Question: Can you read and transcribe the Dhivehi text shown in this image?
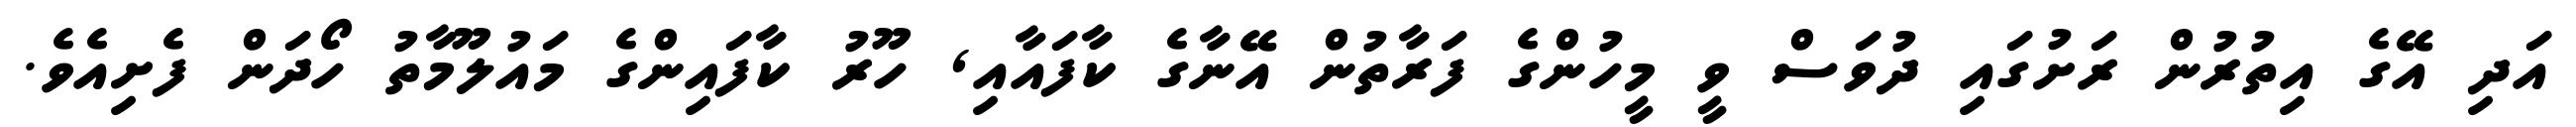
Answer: އަދި އޭގެ އިތުރުން ރަށުގައި ދުވަސް ވީ މީހުންގެ ފަރާތުން އޭނާގެ ކާފައާއި, ހޫރު ކާފައިންގެ މައުލޫމާތު ހޯދަން ފެށިއެވެ.